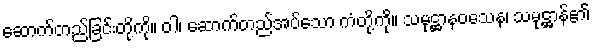
ဆောက်တည်ခြင်းတို့ကို။ ဝါ၊ ဆောက်တည်အပ်သော ကံတို့ကို။ သမုဋ္ဌာနဝသေန၊ သမုဋ္ဌာန်၏